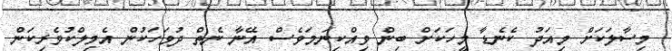
މިސާލަކަށް މިއަދު ކެނެޑާ މީހަކަށް ބިން ވިއްކިނަމަވެސް އޭނާ ނެތް ދުވަހަކުން އެމިލްކުވެރިކަން